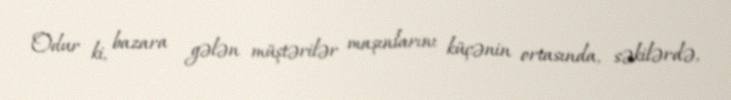
Odur ki, bazara gələn müştərilər maşınlarını küçənin ortasında, səkilərdə,